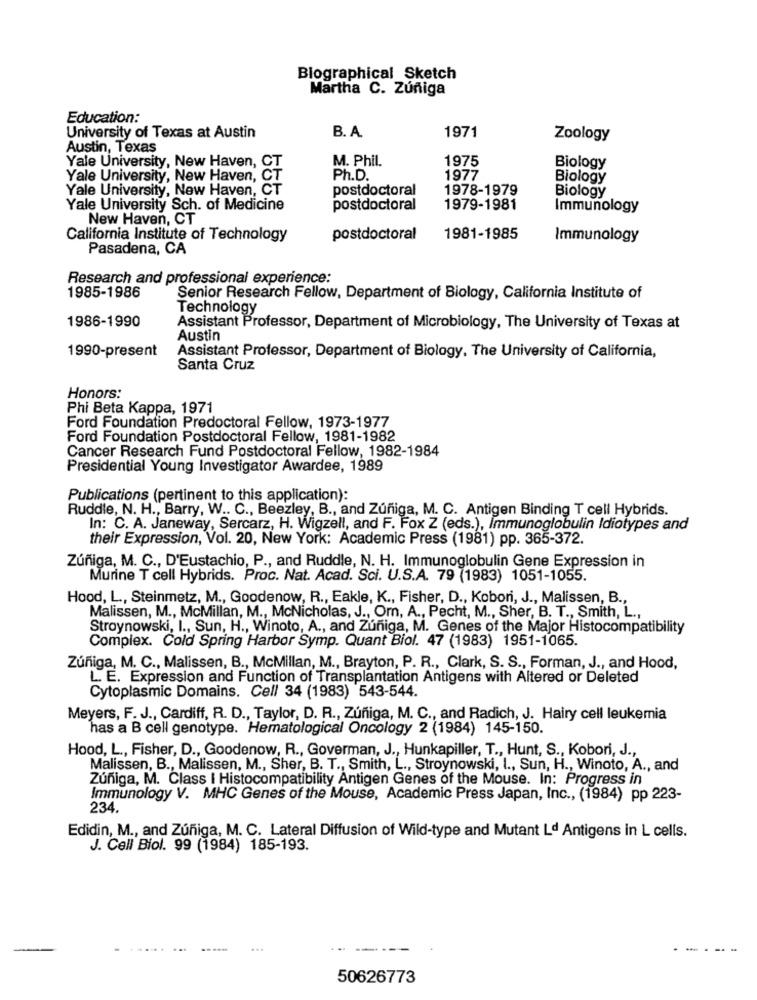
Biographical Sketch
Martha C. Zuñiga
Education:
B. A.
1971
University of Texas at Austin
Zoology
Austin, Texas
Yale University, New Haven, CT
M. Phil.
1975
Biology
Yale University, New Haven, CT
Ph.D.
1977
Biology
Yale University, New Haven, CT
postdoctoral
1978-1979
Biology
Yale University Sch. of Medicine
postdoctoral
1979-1981
Immunology
New Haven, CT
California Institute of Technology
postdoctoral
1981-1985
Immunology
Pasadena, CA
Research and professional experience:
1985-1986
Senior Research Fellow, Department of Biology, California Institute of
Technology
1986-1990
Assistant Professor, Department of Microbiology, The University of Texas at
Austin
1990-present
Assistant Professor, Department of Biology, The University of California,
Santa Cruz
Honors:
Phi Beta Kappa, 1971
Ford Foundation Predoctoral Fellow, 1973-1977
Ford Foundation Postdoctoral Fellow, 1981-1982
Cancer Research Fund Postdoctoral Fellow, 1982-1984
Presidential Young Investigator Awardee, 1989
Publications (pertinent to this application):
Ruddle, N. H ., Barry, W .. C ., Beezley, B ., and Zúñiga, M. C. Antigen Binding T cell Hybrids.
In: C. A. Janeway, Sercarz, H. Wigzell, and F. Fox Z (eds.), Immunoglobulin Idiotypes and
their Expression, Vol. 20, New York: Academic Press (1981) pp. 365-372.
Zúñiga, M. C ., D'Eustachio, P ., and Ruddle, N. H. Immunoglobulin Gene Expression in
Murine T cell Hybrids. Proc. Nat. Acad. Sci. U.S.A. 79 (1983) 1051-1055.
Hood, L, Steinmetz, M ., Goodenow, R ., Eakle, K ., Fisher, D ., Kobori, J ., Malissen, B .,
Malissen, M ., McMillan, M ., McNicholas, J ., Orn, A ., Pecht, M ., Sher, B. T ., Smith, L .,
Stroynowski, I ., Sun, H ., Winoto, A ., and Zuñiga, M. Genes of the Major Histocompatibility
Complex. Cold Spring Harbor Symp. Quant Biol. 47 (1983) 1951-1065.
Zúñiga, M. C ., Malissen, B ., McMillan, M ., Brayton, P. R ., Clark, S. S ., Forman, J ., and Hood,
L. E. Expression and Function of Transplantation Antigens with Altered or Deleted
Cytoplasmic Domains. Cell 34 (1983) 543-544.
Meyers, F. J ., Cardiff, R. D ., Taylor, D. R ., Zúñiga, M. C ., and Radich, J. Hairy cell leukemia
has a B cell genotype. Hematological Oncology 2 (1984) 145-150.
Hood, L ., Fisher, D ., Goodenow, R ., Goverman, J ., Hunkapiller, T ., Hunt, S ., Kobori, J .,
Malissen, B ., Malissen, M ., Sher, B. T ., Smith, L ., Stroynowski, I ., Sun, H ., Winoto, A ., and
Zuñiga, M. Class I Histocompatibility Antigen Genes of the Mouse. In: Progress in
Immunology V. MHC Genes of the Mouse, Academic Press Japan, Inc ., (1984) pp 223-
234.
Edidin, M ., and Zúñiga, M. C. Lateral Diffusion of Wild-type and Mutant Ld Antigens in L cells.
J. Cell Biol. 99 (1984) 185-193.
---
50626773